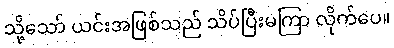
သို့သော် ယင်းအဖြစ်သည် သိပ်ပြီးမကြာ လိုက်ပေ။